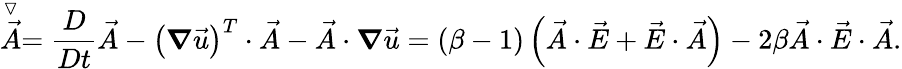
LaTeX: \stackrel{\triangledown}{\vec{A}}=\frac{D}{Dt}\vec{A}-\left(\boldsymbol{\nabla}\vec{u}\right)^{T}\cdot\vec{A}-\vec{A}\cdot\boldsymbol{\nabla}\vec{u}=\left(\beta-1\right)\left(\vec{A}\cdot\vec{E}+\vec{E}\cdot\vec{A}\right)-2\beta\vec{A}\cdot\vec{E}\cdot\vec{A}.